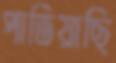
পাতিয়াছি